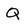
Character: Q